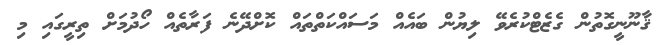
ޤާނޫނީގޮތުން ގެޒެޓްކުރެވޭ ލިޔުން ބައެއް މަސައްކަތްތައް ކޮށްދޭނެ ފަރާތެއް ހޯދުމަށް ތިރީގައި މި